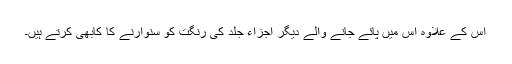
اس کے علاوہ اس میں پائے جانے والے دیگر اجزاء جلد کی رنگت کو سنوارنے کا کابھی کرتے ہیں۔